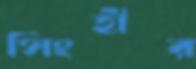
সিংহীর